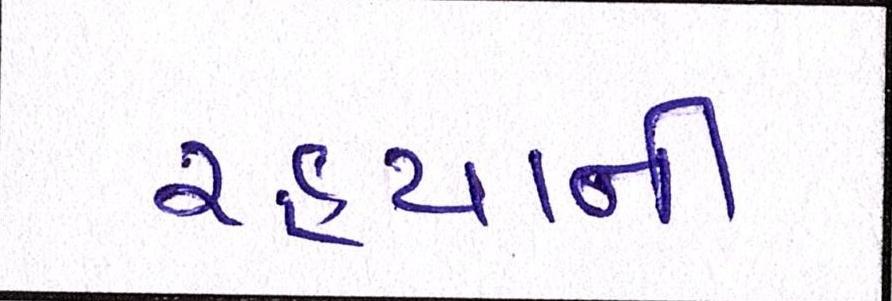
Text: રહ્યાની